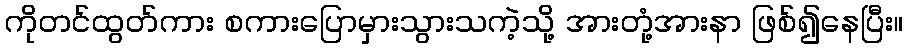
ကိုတင်ထွတ်ကား စကားပြောမှားသွားသကဲ့သို့ အားတုံ့အားနာ ဖြစ်၍နေပြီး။